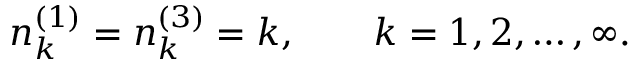
n _ { k } ^ { ( 1 ) } = n _ { k } ^ { ( 3 ) } = k , \qquad k = 1 , 2 , \ldots , \infty .